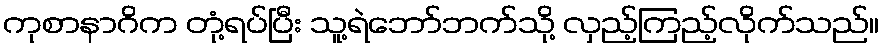
ကုစာနာဂိက တုံ့ရပ်ပြီး သူ့ရဲဘော်ဘက်သို့ လှည့်ကြည့်လိုက်သည်။